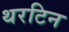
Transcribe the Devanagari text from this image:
थरटिन